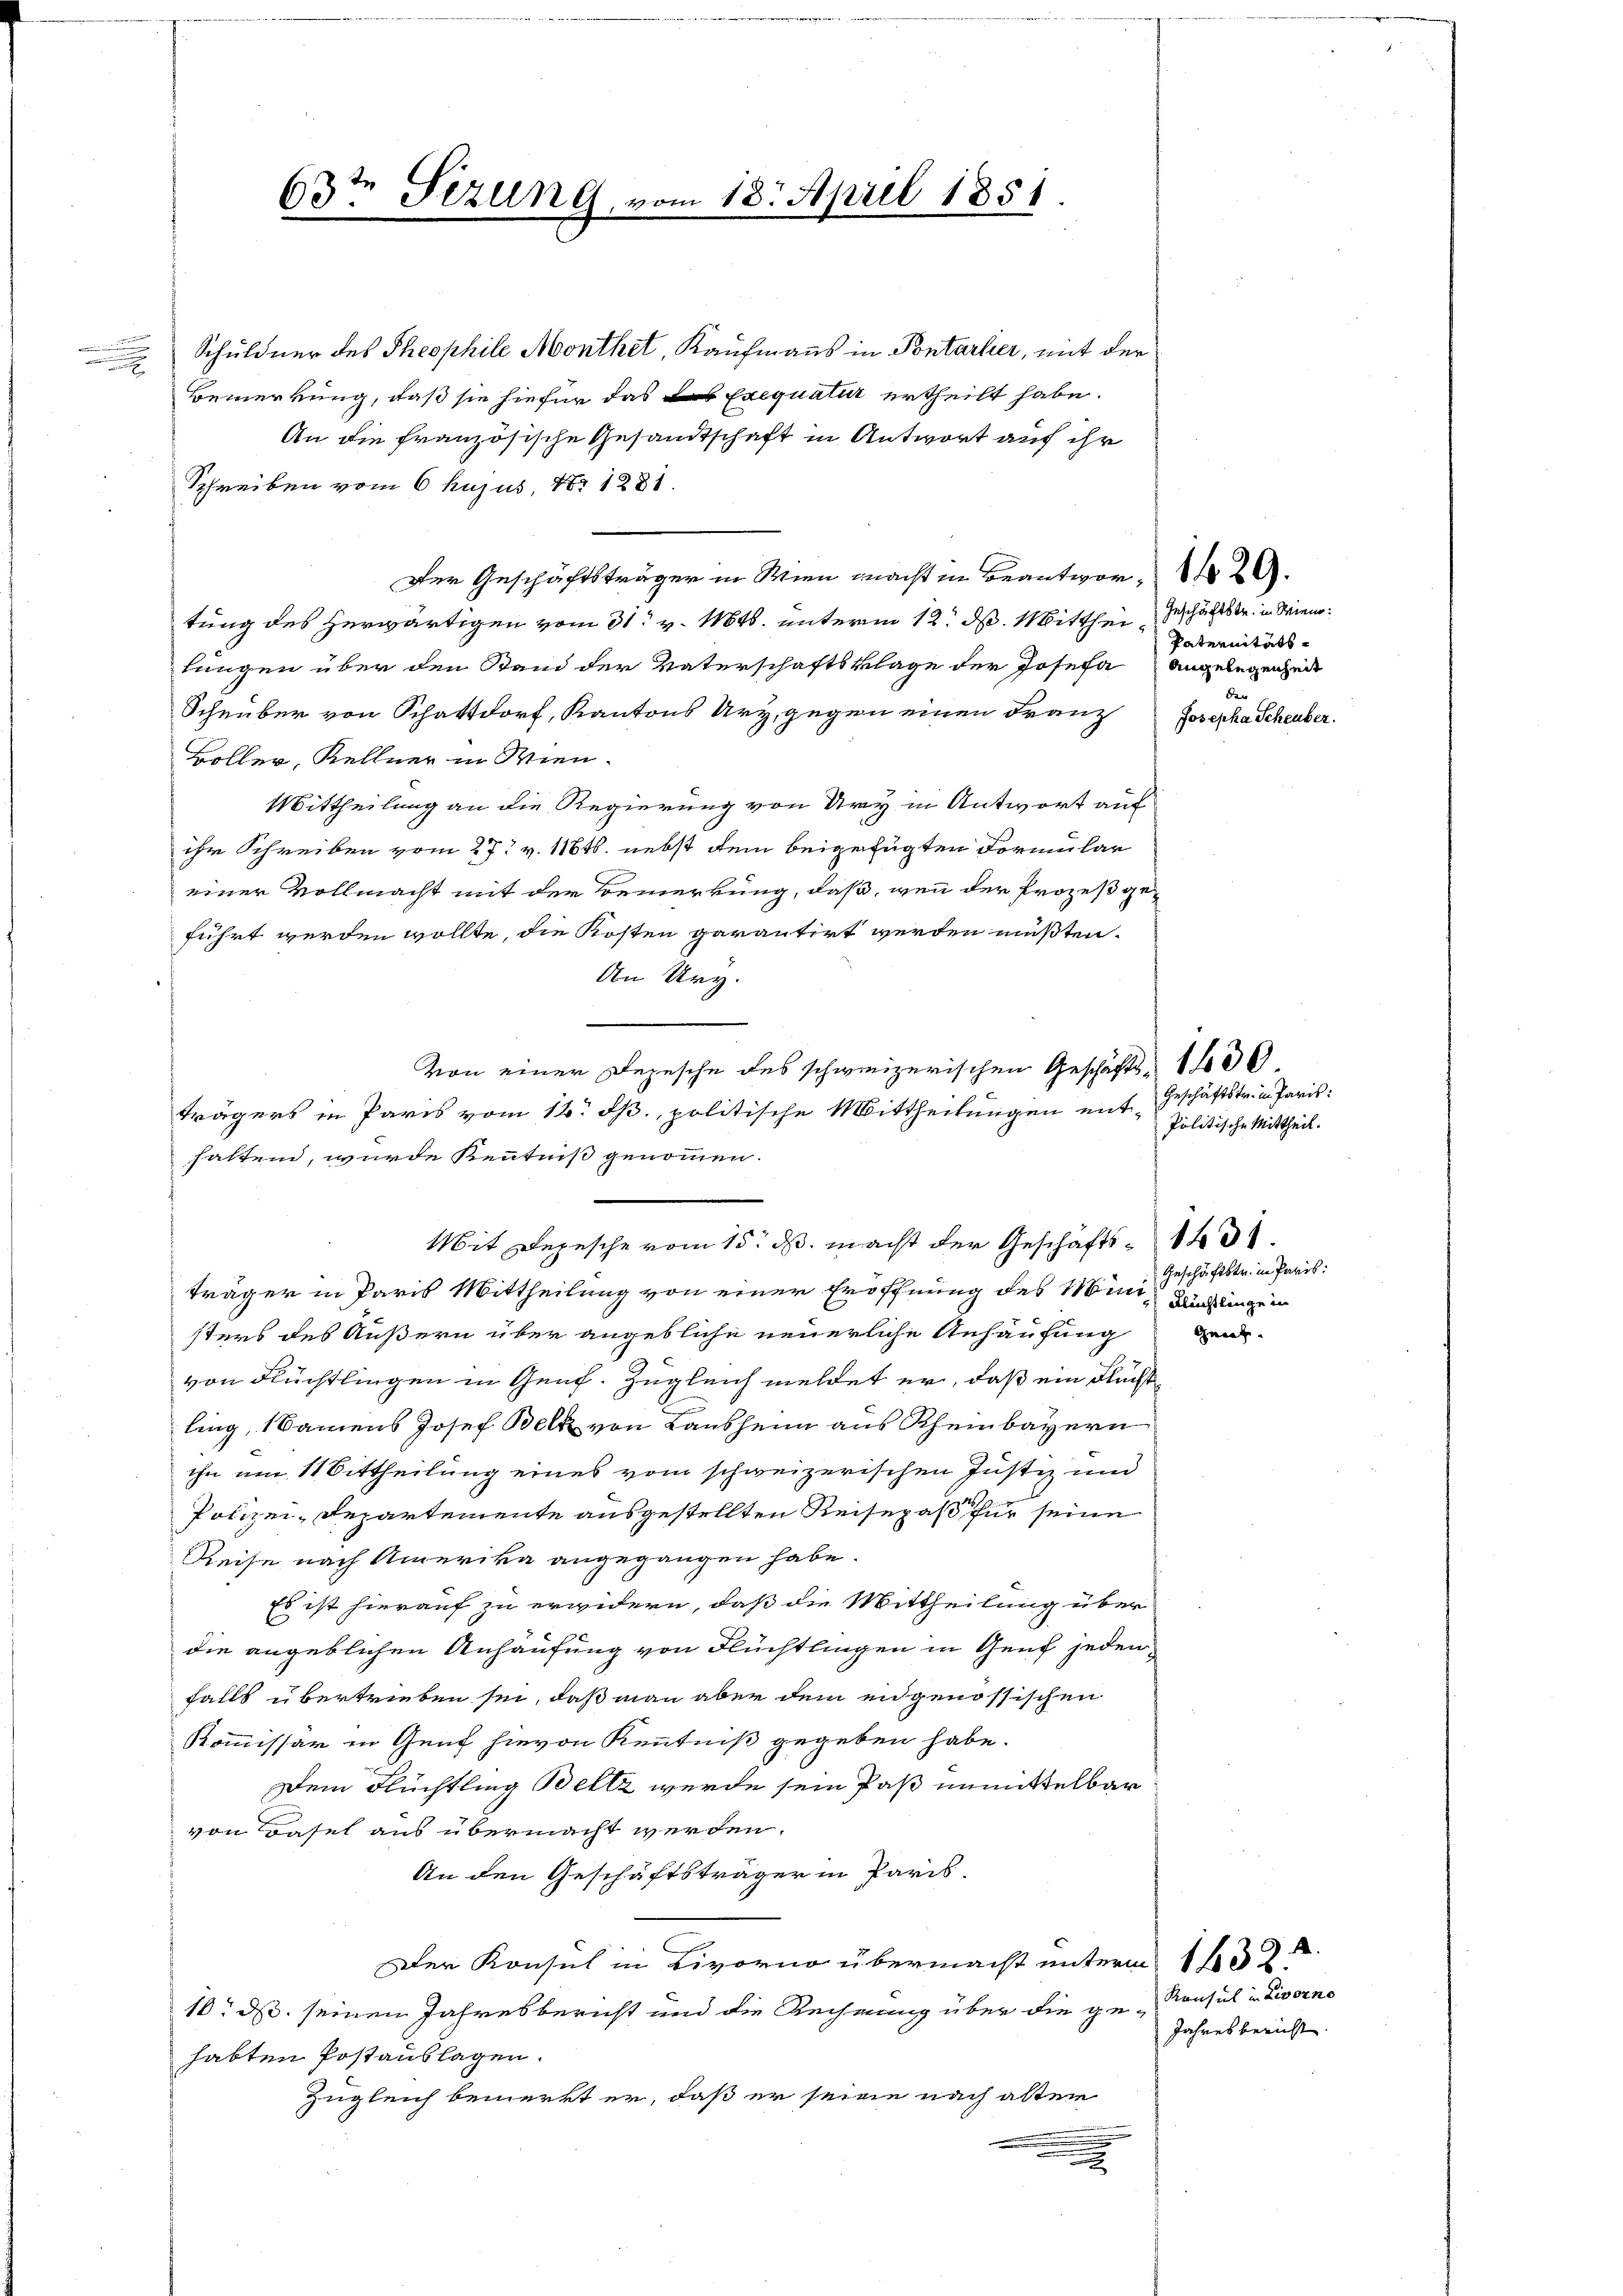
.
u

Schuldner des Theophile Monthet, Kaufmanns in Pontarlier, mit der
Bemerkung, daß sie hiefür das Exequatur ertheilt habe.
An die französische Gesandtschaft in Antwort auf ihr
Schreiben vom 6 hujus, 18. 1281.
Der Geschäftsträger in Wien macht in Beantwor-
tung des herwärtigen vom 31. v. Mts. unterm 12. ds. Mitthei Geschäftstr. in dienlungen über den Stand der Vaterschaftsklage der Josefa
Schnüber von Schattdorf, Kantons Ury, gegen einen Franz Josepha Scheuber.
Boller, Kellner in Wien.
Mittheilung an die Regierung von Ury in Antwort auf
ihr Schreiben vom 27. v. 1181. nebst dem beigefügten Formular
einer Vollmacht mit der Bemerkung, daß, wenn der Prozeß geführt werden wollte, die Kosten garantirt werden müßten.
An Ury.
e
trägers in Paris vom 14. d. politische Mittheilungen mit Geschäftstria Paris
haltend, wurde Kenntniß genommen.
träger in Paris Mittheilung von einer Eröffnung des Mine Klingen
sters des Äußern über angebliche neuerliche Anhäufung
von Flüchtlingen in Genf. Zugleich meldet er, daß ein Flücht
ling, Namens Josef Belk von Lausheim aus Rheinbayern
ihn am 11 Bittheilung eines vom schweizerischen Justiz und
Polizei-Departemente ausgestellten Reisepaß für seine
Reise nach Amerika angegangen habe
Es ist hierauf zu erwidern, daß die Mittheilung über
die angeblichen Anhäufung von Flüchtlingen in Genf jeden
falls übertrieben sei, daß man aber dem in genössischen
Kommissär in Genf hievon Kenntniß gegeben habe.
Dem Flüchtling Beltz werde sein Paß unmittelbar
von Basel aus übermacht werden.
An den Geschäftsträger in Paris
Der Konsul in Livorno übermacht unterm 13.
10. ds. seinen Jahresbericht und die Rechnung über die ge-
habten Postauslagen.
Zugleich bemerkt er, daß er seine nach alten
.

63ten Fezung, vom 18. April 1851

Mit Depesche vom 15. ds. macht der Geschäfts- 1431.

Von einer Depesche des schweizerischen Geschäfts- 1400.

Paternitäts¬
Angelegenheit
den

Politische Mittheil.
Geschäftstr. in Paris:

gnach.

Konsul in Livorno
Jahresbericht.